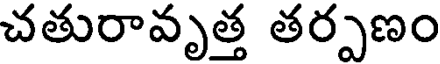
చతురావృత్త తర్పణం